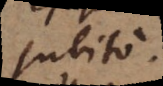
subito.